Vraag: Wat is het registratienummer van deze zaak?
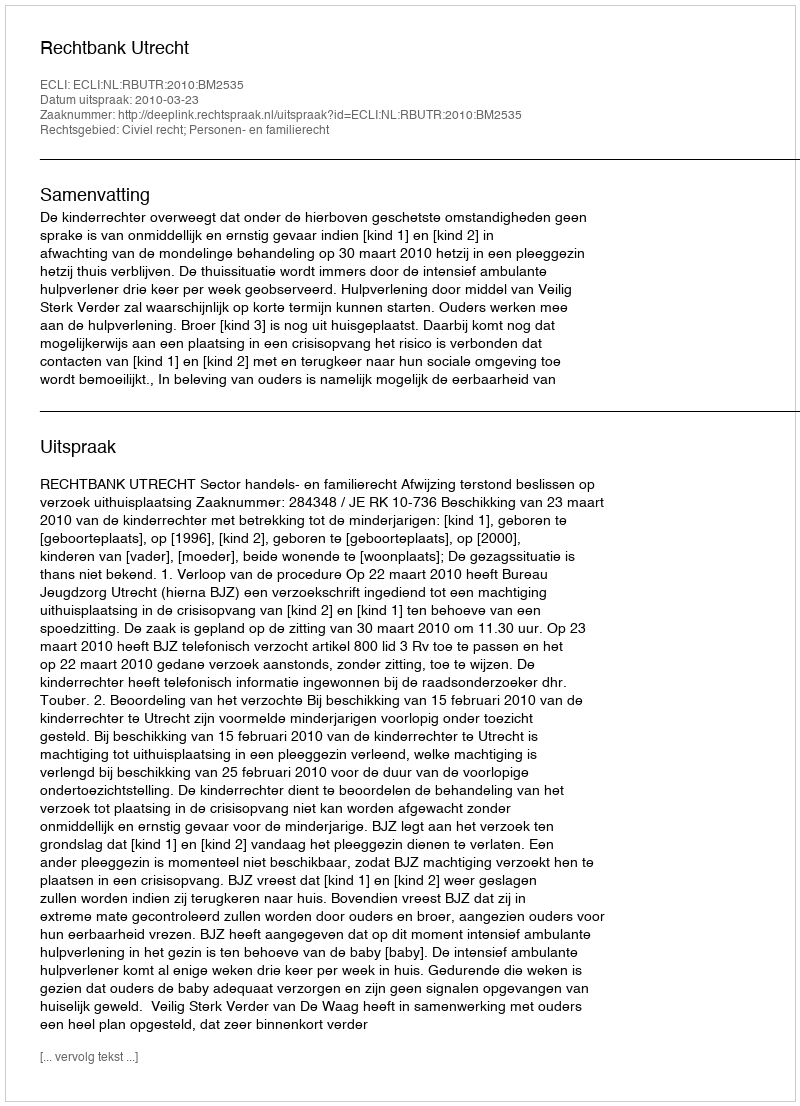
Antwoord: http://deeplink.rechtspraak.nl/uitspraak?id=ECLI:NL:RBUTR:2010:BM2535